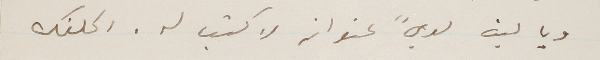
ويا ليت لديً عنوانه لاكتب له. اكلفك